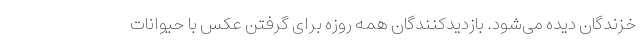
خزندگان دیده می‌شود. بازدیدکنندگان همه روزه برای گرفتن عکس با حیوانات